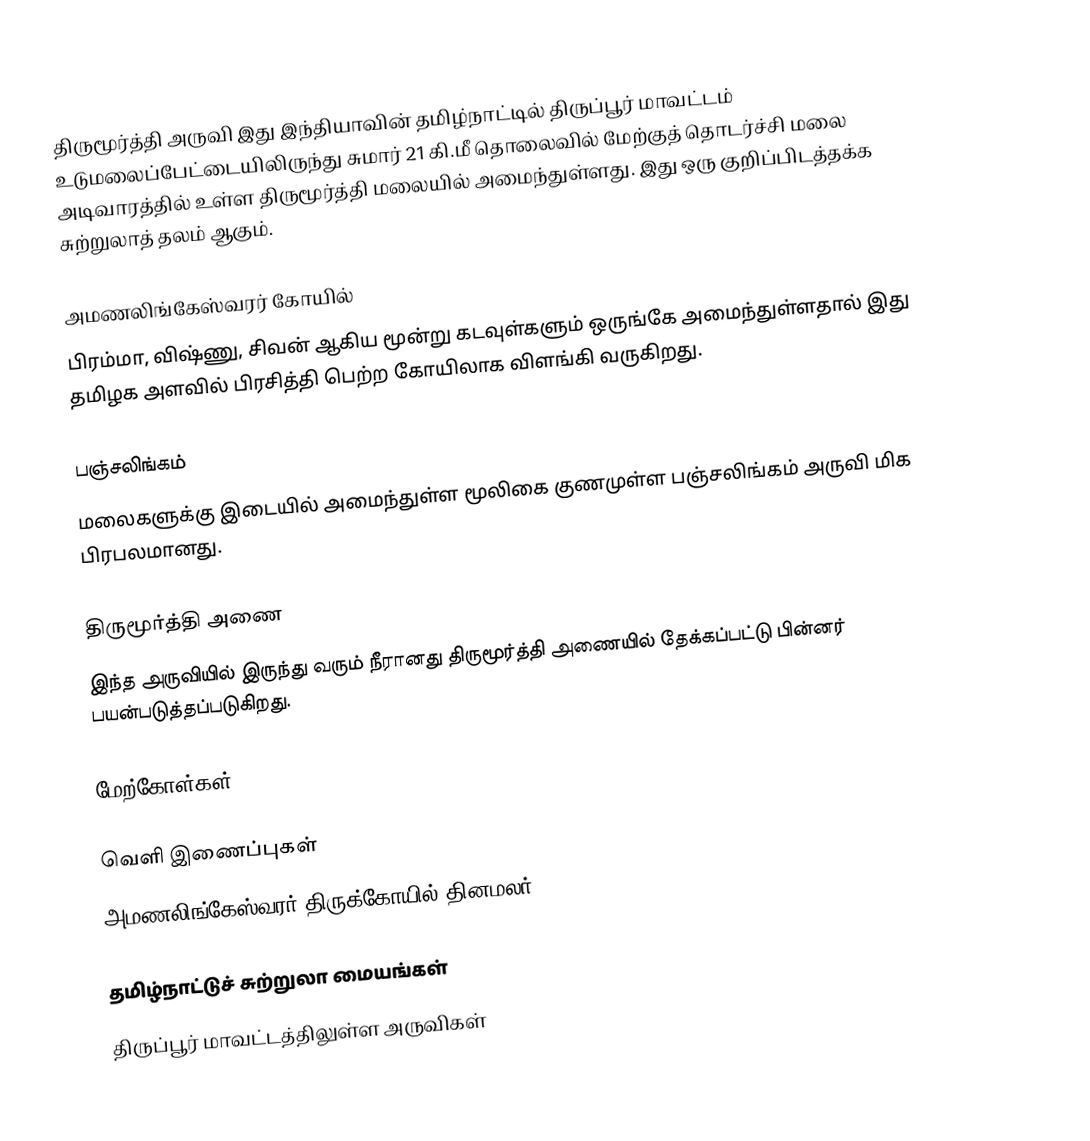
திருமூர்த்தி அருவி இது இந்தியாவின் தமிழ்நாட்டில் திருப்பூர் மாவட்டம் உடுமலைப்பேட்டையிலிருந்து சுமார் 21 கி.மீ தொலைவில் மேற்குத் தொடர்ச்சி மலை அடிவாரத்தில் உள்ள திருமூர்த்தி மலையில் அமைந்துள்ளது. இது ஒரு குறிப்பிடத்தக்க சுற்றுலாத் தலம் ஆகும்.

அமணலிங்கேஸ்வரர் கோயில்
பிரம்மா,  விஷ்ணு, சிவன் ஆகிய மூன்று கடவுள்களும் ஒருங்கே அமைந்துள்ளதால் இது தமிழக அளவில் பிரசித்தி பெற்ற கோயிலாக விளங்கி வருகிறது.

பஞ்சலிங்கம்
மலைகளுக்கு இடையில் அமைந்துள்ள மூலிகை குணமுள்ள பஞ்சலிங்கம் அருவி மிக பிரபலமானது.

திருமூர்த்தி அணை
இந்த அருவியில் இருந்து வரும் நீரானது திருமூர்த்தி அணையில் தேக்கப்பட்டு பின்னர் பயன்படுத்தப்படுகிறது.

மேற்கோள்கள்

வெளி இணைப்புகள்
 அமணலிங்கேஸ்வரர் திருக்கோயில் தினமலர்

தமிழ்நாட்டுச் சுற்றுலா மையங்கள்
திருப்பூர் மாவட்டத்திலுள்ள அருவிகள்